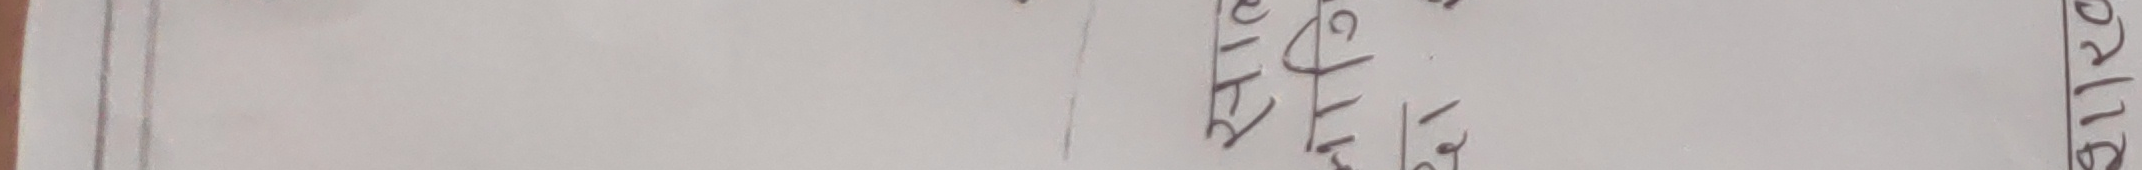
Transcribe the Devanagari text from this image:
०२१४७७६